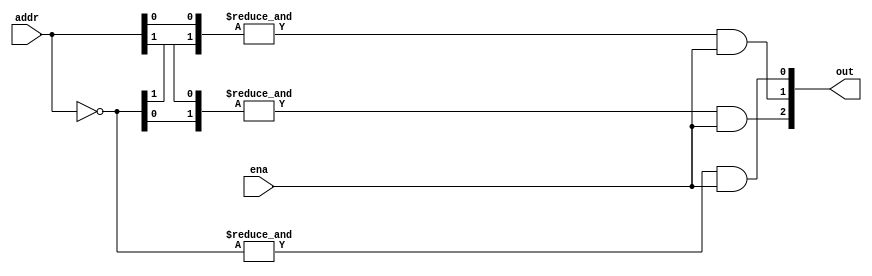
module decoder #(parameter N = 2, parameter M = 3)
            (input wire [N-1:0] addr, input wire ena, output wire [M-1:0] out);

wire [N-1:0] not_addr = ~addr;

genvar i, j;
generate
for(i = 0; i < M; i = i + 1) begin: gen_out
    wire [N-1:0] in_addr;
    
    for(j = 0; j < N; j = j + 1) begin: gen_in
        if(i & (1 << j)) begin
            assign in_addr [j] = addr[j];
        end else begin
            assign in_addr [j] = not_addr[j];
        end
    end
    
    assign out[i] = &in_addr & ena;
end
endgenerate

endmodule